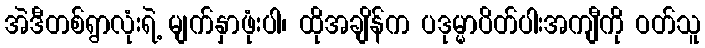
အဲဒီတစ်ရွာလုံးရဲ့ မျက်နှာဖုံးပါ၊ ထိုအချိန်က ပဒုမ္မာပိတ်ပါးအကျီကို ဝတ်သူ